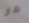
هو